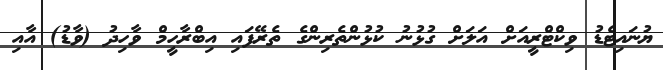
ޔުނައިޓެޑު ވިކްޓްރީއަށް އަލަށް ގުޅުނު ކުޅުންތެރިންގެ ތެރޭފައި އިބްރާހީމް ވާހިދު (ވާޑު) އާއި